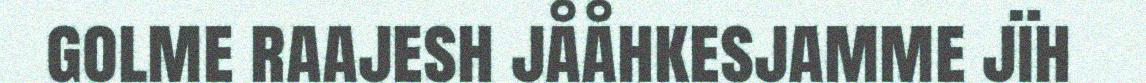
golme raajesh jååhkesjamme jïh